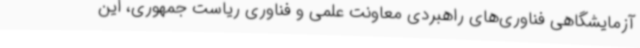
آزمایشگاهی فناوری‌های راهبردی معاونت علمی و فناوری ریاست جمهوری، این